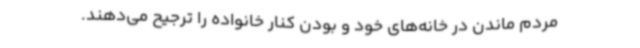
مردم ماندن در خانه‌های خود و بودن کنار خانواده را ترجیح می‌دهند.